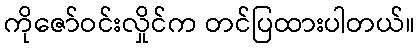
ကိုဇော်ဝင်းလှိုင်က တင်ပြထားပါတယ်။